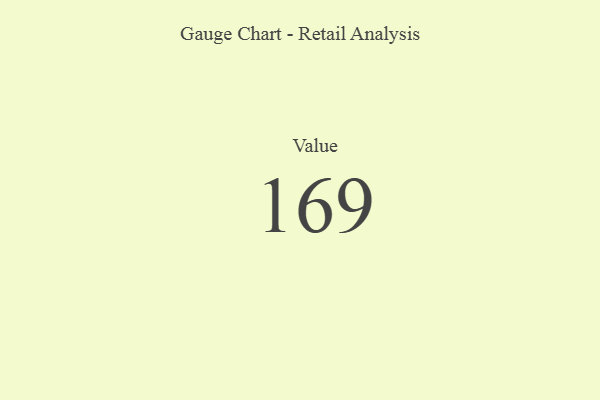
{"axis": {"x": "Metric", "y": "Value"}, "legend": [""], "data": [{"x": "Value", "y": 169, "type": ""}]}